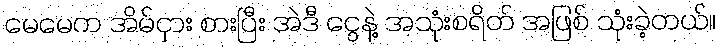
မေမေက အိမ်ငှား စားပြီး အဲဒီ ငွေနဲ့ အသုံးစရိတ် အဖြစ် သုံးခဲ့တယ်။